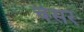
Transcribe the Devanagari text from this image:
चेसर